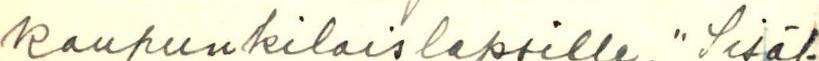
kaupunkilaislapsille. "Sisäl-